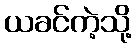
ယခင်ကဲ့သို့